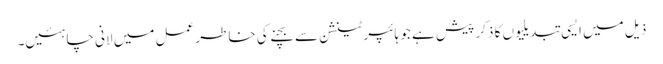
ذیل میں ایسی تبدیلیوں کا ذکر پیش ہے جو ہائپرٹینشن سے بچنے کی خاطر عمل میں لانی چاہئیں۔